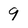
Character: 9